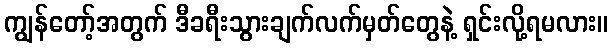
ကျွန်တော့်အတွက် ဒီခရီးသွားချက်လက်မှတ်တွေနဲ့ ရှင်းလို့ရမလား။